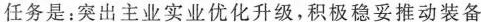
任务是：突出主业实业优化升级，积极稳妥推动装备